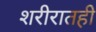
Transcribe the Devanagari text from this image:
शरीरातही